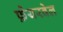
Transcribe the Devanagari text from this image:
फ़ेयरवेल